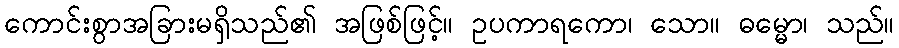
ကောင်းစွာအခြားမရှိသည်၏ အဖြစ်ဖြင့်။ ဥပကာရကော၊ သော။ ဓမ္မော၊ သည်။